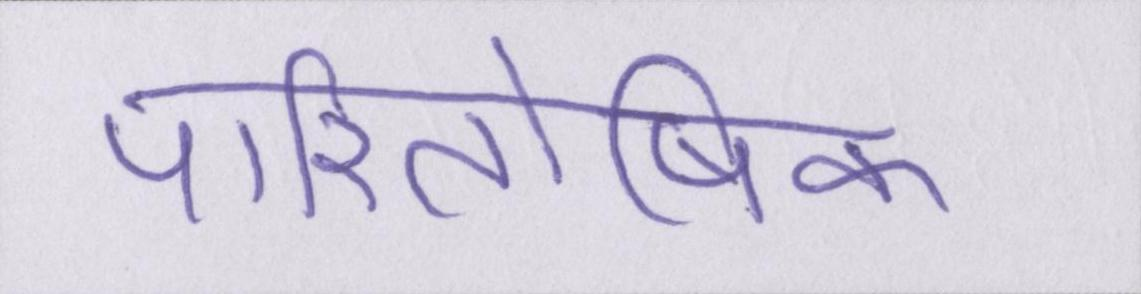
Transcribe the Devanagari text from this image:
पारितोषिक